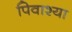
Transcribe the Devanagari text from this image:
पिवाश्या